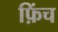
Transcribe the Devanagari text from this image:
फ़िंच